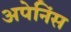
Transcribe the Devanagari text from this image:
अपेनिंस